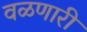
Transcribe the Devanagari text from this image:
वळणारी